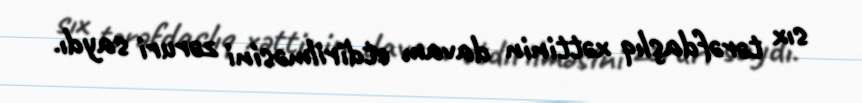
sıx tərəfdaşlıq xəttinin davam etdirilməsini zəruri saydı.